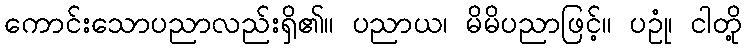
ကောင်းသောပညာလည်းရှိ၏။ ပညာယ၊ မိမိပညာဖြင့်။ ပဥုံ၊ ငါတို့